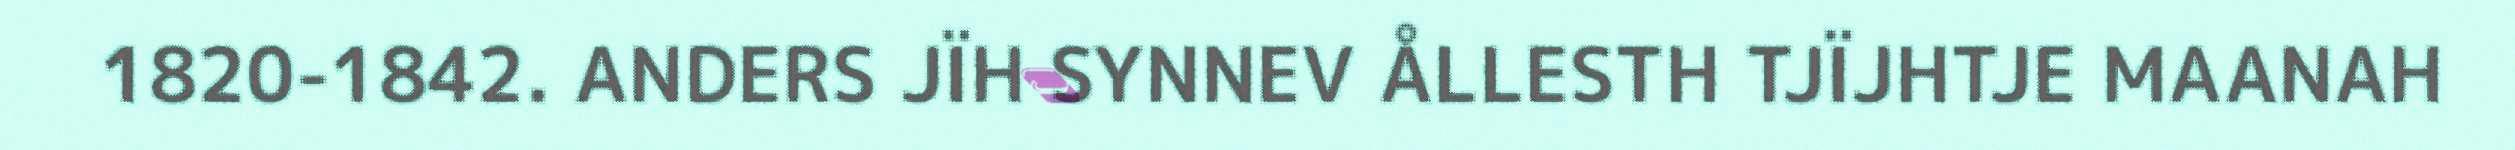
1820-1842. ANDERS JÏH SYNNEV ÅLLESTH TJÏJHTJE MAANAH